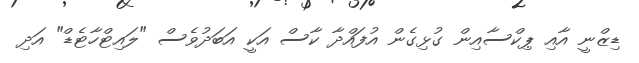
ޑިޒްނީ އާއި ޕިކްސާއިން ގުޅިގެން އުފައްދާ ކާސް އަކީ އަބަދުވެސް "ލައިޓްހާޓެޑް" އަދި